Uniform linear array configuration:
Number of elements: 48
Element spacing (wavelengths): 0.75
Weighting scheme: hamming
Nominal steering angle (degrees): -15
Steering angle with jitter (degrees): -15.037
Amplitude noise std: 0.05
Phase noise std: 0.05

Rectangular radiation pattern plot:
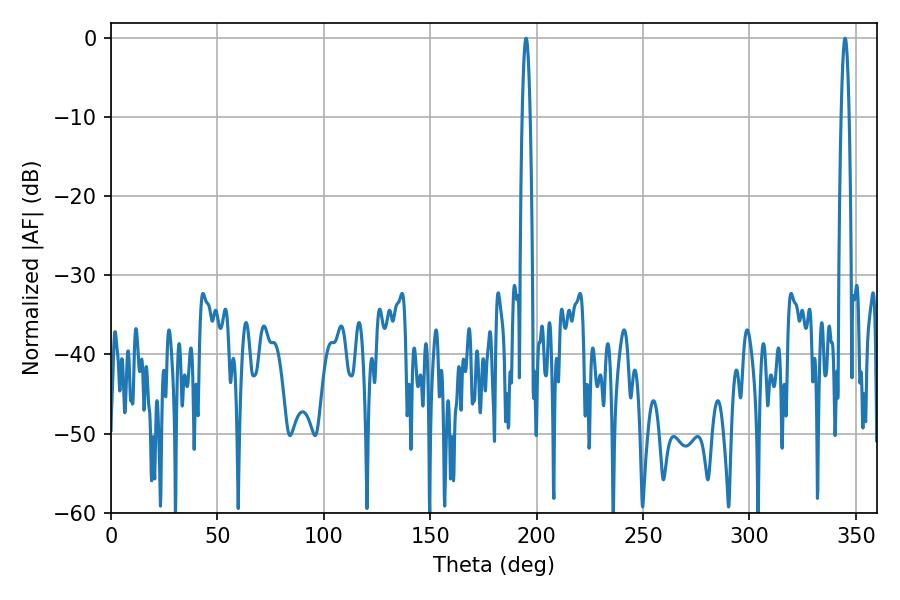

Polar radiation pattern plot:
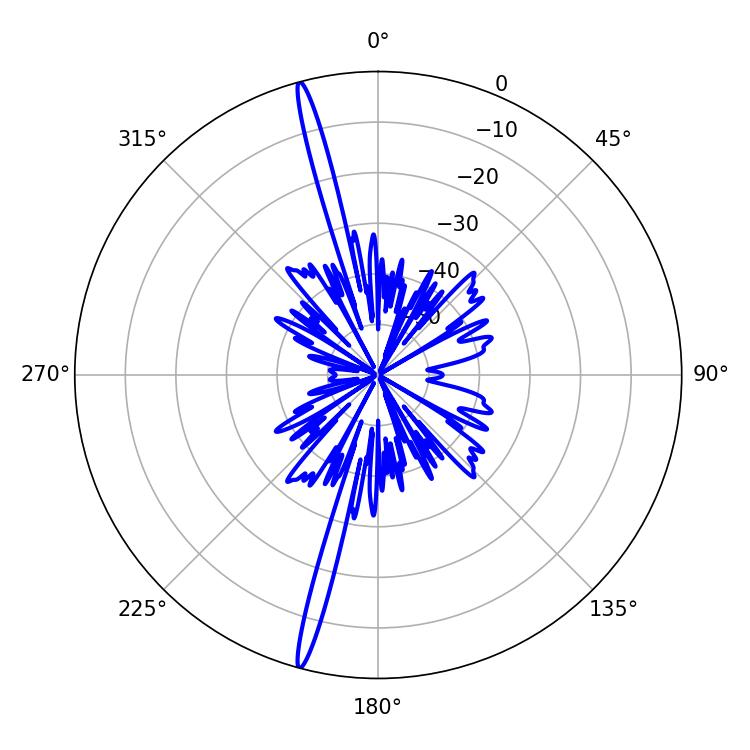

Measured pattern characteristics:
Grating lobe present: TRUE
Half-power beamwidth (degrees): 1.98
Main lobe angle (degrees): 195.12